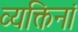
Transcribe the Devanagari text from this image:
व्यक्तिनां